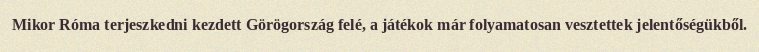
Mikor Róma terjeszkedni kezdett Görögország felé, a játékok már folyamatosan vesztettek jelentőségükből.